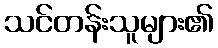
သင်တန်းသူများ၏